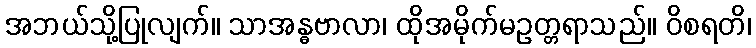
အဘယ်သို့ပြုလျက်။ သာအန္ဓဗာလာ၊ ထိုအမိုက်မဥတ္တရာသည်။ ဝိစရတိ၊